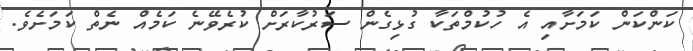
ކަންކަން ކަމަށާއި އެ ހުކުމްތަކާ ގުޅިގެން ސަރުކާރަށް ކުރެވޭނެ ކަމެއް ނެތް ކަމަށެވެ.